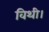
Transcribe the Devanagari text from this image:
विथी।